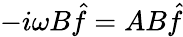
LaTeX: -i\omega B\hat{f}=AB\hat{f}